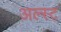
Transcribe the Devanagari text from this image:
अल्स्ट